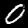
Digit: 0